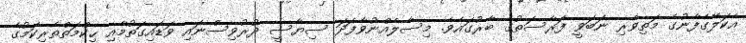
އެކަލޭގެފާނުގެ މަތިވެރި ނަބަވީ ފަރާސަތުގެ ބާރުގައެވެ. މިސާލެއްނުވާފަދަ ސިޔާސީ ދުރުވިސްނައި ވަޑައިގަތުމާއި ޙިކްމަތްތެރިކަމުގެ